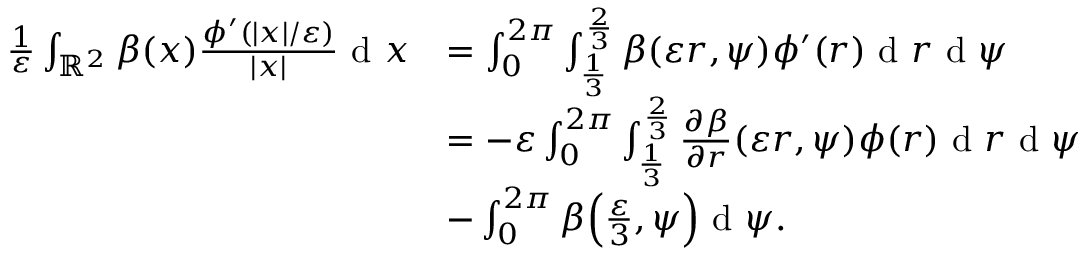
\begin{array} { r l } { \frac { 1 } { \varepsilon } \int _ { \mathbb { R } ^ { 2 } } \beta ( x ) \frac { \phi ^ { \prime } ( | x | / \varepsilon ) } { | x | } \textrm { d } x } & { = \int _ { 0 } ^ { 2 \pi } \int _ { \frac { 1 } { 3 } } ^ { \frac { 2 } { 3 } } \beta ( \varepsilon r , \psi ) \phi ^ { \prime } ( r ) \textrm { d } r \textrm { d } \psi } \\ & { = - \varepsilon \int _ { 0 } ^ { 2 \pi } \int _ { \frac { 1 } { 3 } } ^ { \frac { 2 } { 3 } } \frac { \partial \beta } { \partial r } ( \varepsilon r , \psi ) \phi ( r ) \textrm { d } r \textrm { d } \psi } \\ & { - \int _ { 0 } ^ { 2 \pi } \beta \Big ( \frac { \varepsilon } { 3 } , \psi \Big ) \textrm { d } \psi . } \end{array}